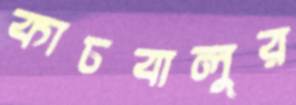
কাচবালুর